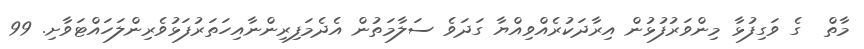
މާތް  ގެ ވަގިފުޅާ މިންވަރުފުޅުން އިރާދަކުރެއްވިއްޔާ ގަދަވެ ސަލާމަތުން އެދެމަފިރިންނާއިހަތަރުފަޅުވެރިންލަހައްޓަވާށި. 99